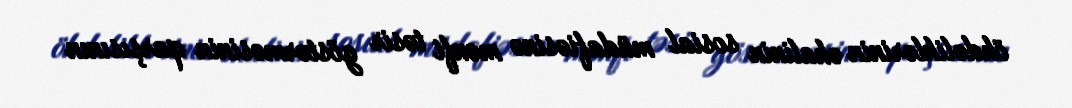
öhdəliklərinin əhalinin sosial müdafiəsinə mənfi təsir göstərməsinin qarşısının